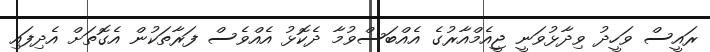
ރައީސް ވަހީދު ވިދާޅުވަނީ ޖީއެމްއާރުގެ އެއްބަސްވުމާ ދެކޮޅު އެއްވެސް ފަރާތަކުން އެގޮތަށް އެދިފައި